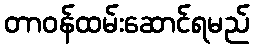
တာဝန်ထမ်းဆောင်ရမည်